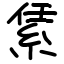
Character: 䋕